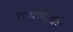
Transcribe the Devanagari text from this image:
गायत्र्याद्यैः